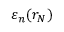
\varepsilon _ { n } ( r _ { N } )